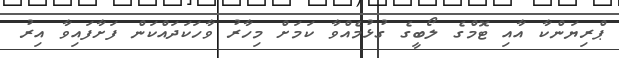
ޕްރިޔަންކާ އާއި ޓޮމްގެ ލޯބީގެ ގުޅުމެއްވާ ކަމަށް މިހާރު ވާހަކަދައްކަން ފަށާފައިވާ އިރު